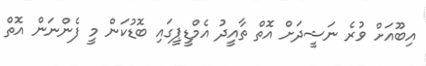
އިބޫއަށް ވުރެ ނަޝީދަށް އޮތް ތާއީދު އެމްޑީޕީގައި ބޮޑުކަން މީ ފެންނަން އޮތް